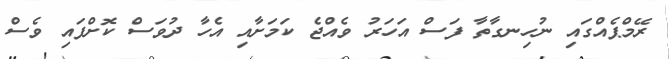
ރޭމްޕެއްގައި ނުހިނގާތާ ފަސް އަހަރު ވެއްޖެ ކަމަށާއި އެހާ ދުވަސް ކޮށްފައި ވެސް